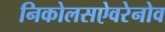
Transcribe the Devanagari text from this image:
निकोलसऐवरेनोव